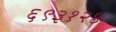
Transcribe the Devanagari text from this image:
६९३१२४